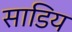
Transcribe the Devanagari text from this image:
साडिय